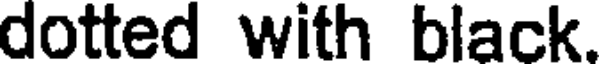
dotted with black.